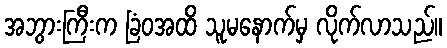
အဘွားကြီးက ခြံဝအထိ သူမနောက်မှ လိုက်လာသည်။